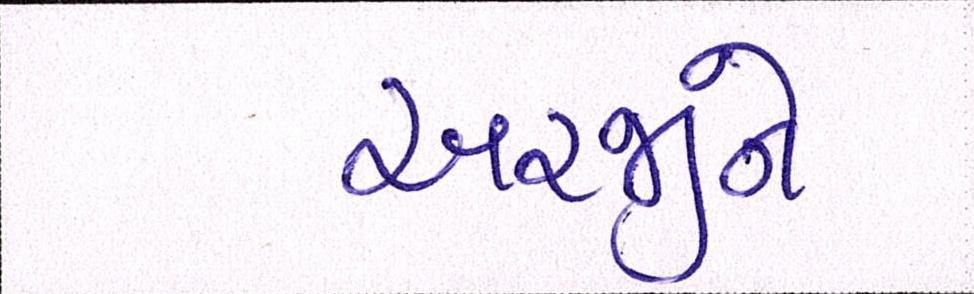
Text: અરજીને